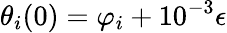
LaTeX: \theta_{i}(0)=\varphi_{i}+10^{-3}\epsilon